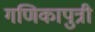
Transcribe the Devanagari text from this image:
गणिकापुत्री